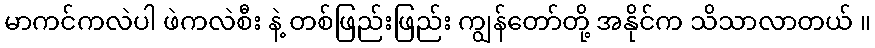
မာကင်ကလဲပါ ဖဲကလဲစီး နဲ့ တစ်ဖြည်းဖြည်း ကျွန်တော်တို့ အနိုင်က သိသာလာတယ် ။